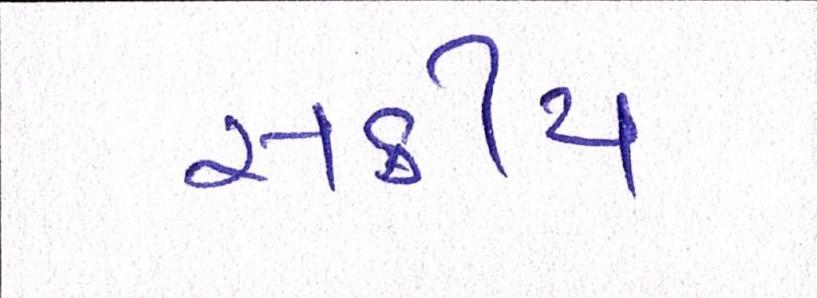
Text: સક્રીય